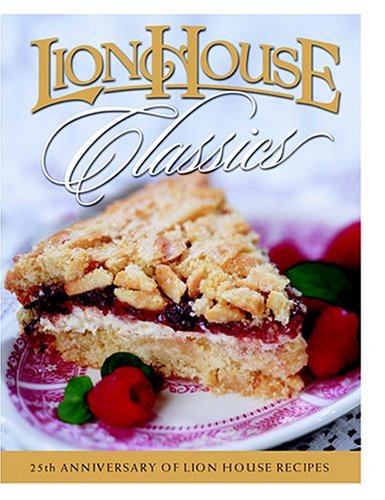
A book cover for Lion House Classics; Cookbooks, Food & Wine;